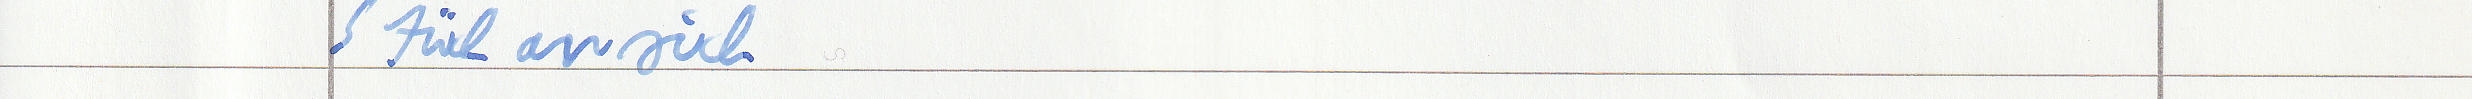
Stück an sich